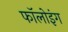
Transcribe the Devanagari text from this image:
फॉलोइंग